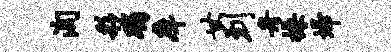
洵彩躅庠甘到舟操埽